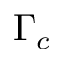
\Gamma _ { c }